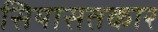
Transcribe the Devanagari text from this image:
सियासतकार